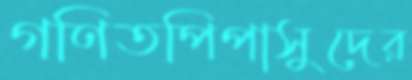
গণিতপিপাসুদের